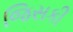
જિસકી